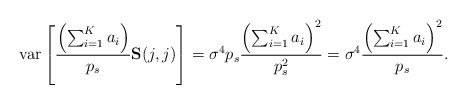
\begin{align*}\mbox{var}\left[ \frac{\left( \sum^K_{i=1} a_i \right)}{p_s} \mathbf{S}(j,j) \right] & = \sigma^4 p_s \frac{\left( \sum^K_{i=1} a_i\right)^2}{p_s^2} = \sigma^4 \frac{\left( \sum^K_{i=1} a_i\right)^2}{p_s}.\end{align*}